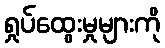
ရှုပ်ထွေးမှုများကို